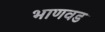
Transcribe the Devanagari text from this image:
भाणवड